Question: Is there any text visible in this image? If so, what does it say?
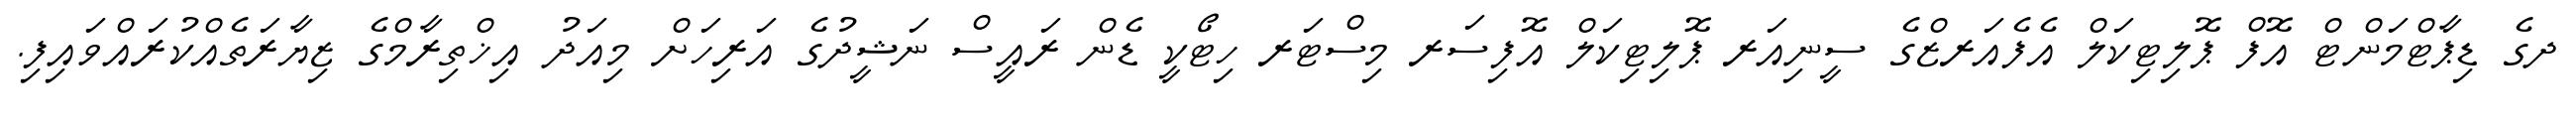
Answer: ދގެ ޑިޕާޓްމަންޓް އޮފް ޕޮލިޓިކަލް އެފެއަރޒްގެ ސީނިއަރ ޕޮލިޓިކަލް އޮފިސަރ މިސްޓަރ ހިޓޯކީ ޑެން ރައީސް ނަޝީދުގެ އަރިހަށް މިއަދު އިޚްތިރާމްގެ ޒިޔާރަތެއްކުރައްވައިފި.